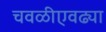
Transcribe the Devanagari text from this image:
चवळीएवढ्या